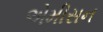
એમીસન